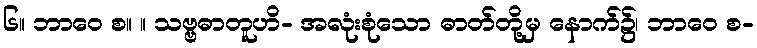
၆။ ဘာဝေ စ။ ။ သဗ္ဗဓာတူဟိ- အလုံးစုံသော ဓာတ်တို့မှ နောက်၌၊ ဘာဝေ စ-